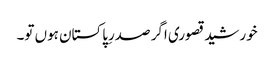
خورشید قصوری اگر صدرِپاکستان ہوں تو۔